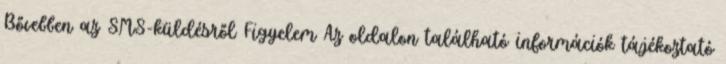
Bővebben az SMS-küldésről Figyelem Az oldalon található információk tájékoztató